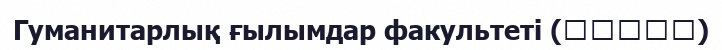
Гуманитарлық ғылымдар факультеті (人間科学部)